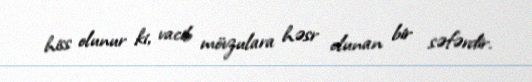
hiss olunur ki, vacib mövzulara həsr olunan bir səfərdir.